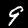
Label: 9